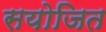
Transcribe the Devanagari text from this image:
सयोजित